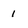
Character: 1